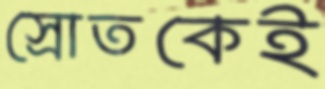
স্রোতকেই